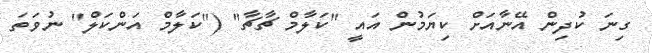
ގިނަ ކުދިން އޭނާއަށް ކިޔަމުން އައީ "ކަލާމް ޗާޗާ" ("ކަލާމް އަންކަލް" ނުވަތަ